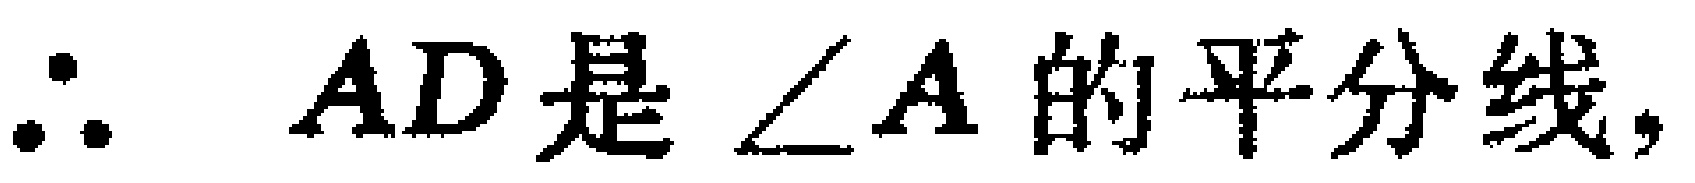
\(\therefore AD是\angle A的平分线,\)